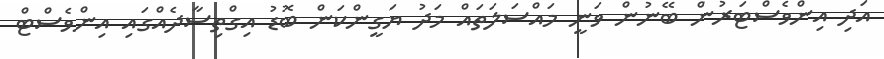
އަދި އިންވެސްޓަރުން ބޭނުން ވަނީ މައްސަލަތައް މަދު ޔަގީންކަން ބޮޑު އިގްތިސާދެއްގައި އިންވެސްޓް